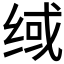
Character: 𰬟